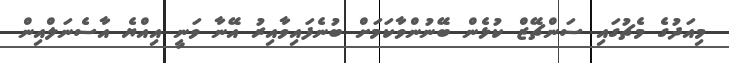
މިއަދުގެ މެޗުގައި ސަންޗޭޒް ކުޅެން ބޭނުންވާކަމަށް ބުނެފައިވާއިރު އޭނާ ވަނީ އިއްޔެ އާސެނަލްއިން